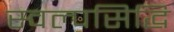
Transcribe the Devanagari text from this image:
स्वल्पसिद्धि